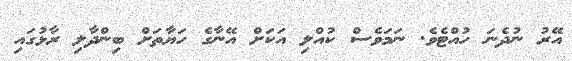
އޭރު ނުދެނަ ހުއްޓެވެ. ނަމަވެސް ކުއްލި އަކަށް އޭނާގެ ހަޔާތަށް ބިންދާލި ރާޅުގައި